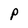
Character: P